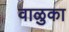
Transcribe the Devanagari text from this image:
वाळुका